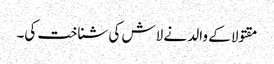
مقتولا کے والد نے لاش کی شناخت کی۔